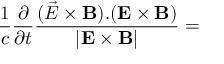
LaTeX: \frac 1 c \frac { \partial } { \partial t } \frac { ( \vec { \cal E } \times { \bf B } ) . ( { \bf E } \times { \bf B } ) } { | { \bf E } \times { \bf B } | } =